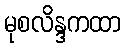
မုစလိန္ဒကထာ